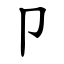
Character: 卩